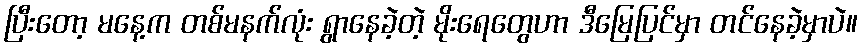
ပြီးတော့ မနေ့က တစ်မနက်လုံး ရွာနေခဲ့တဲ့ မိုးရေတွေဟာ ဒီမြေပြင်မှာ တင်နေခဲ့မှာပဲ။